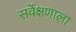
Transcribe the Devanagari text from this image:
सर्वेक्षणाला